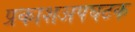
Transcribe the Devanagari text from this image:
प्रकाशअपघटक